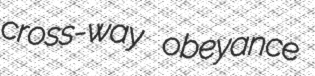
cross-way obeyance